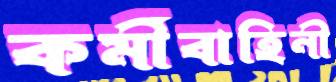
কর্মীবাহিনী